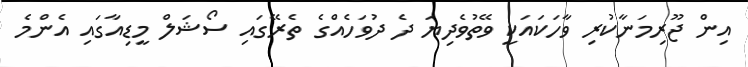
އިން ޖޫރިމަނާކުރި ވާހަކައަކީ ވޭތުވެދިޔަ ދެ ދުވަހެއްގެ ތެރޭގައި ސޯޝަލް މީޑިއާގައި އެންމެ